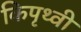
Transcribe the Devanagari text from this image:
किपृथ्वी